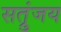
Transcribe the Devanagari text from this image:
सत्रुंजय